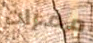
ممرات